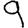
Digit: 9